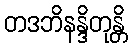
တဒဘိနန္ဒိတုန္တိ